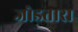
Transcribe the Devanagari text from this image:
जोडतारा